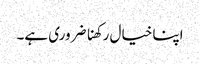
اپنا خیال رکھنا ضروری ہے۔